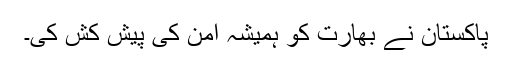
پاکستان نے بھارت کو ہمیشہ امن کی پیش کش کی۔